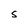
Character: S